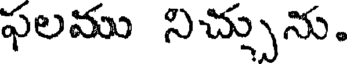
ఫలము నిచ్చును.